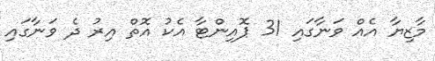
މާޒިޔާ އެއް ވަނާގައި 31 ޕޮއިންޓާ އެކު އޮތް އިރު ދެ ވަނާގައި